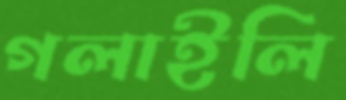
গলাইলি